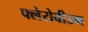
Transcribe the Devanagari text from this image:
फ्लेरोवीउम